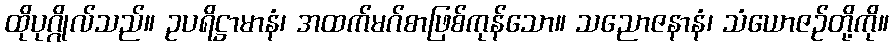
ထိုပုဂ္ဂိုလ်သည်။ ဥပရိဋ္ဌာမာနံ၊ အထက်မဂ်စာဖြစ်ကုန်သော။ သညောဇနာနံ၊ သံယောဇဉ်တို့ကို။